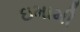
ઇમામી